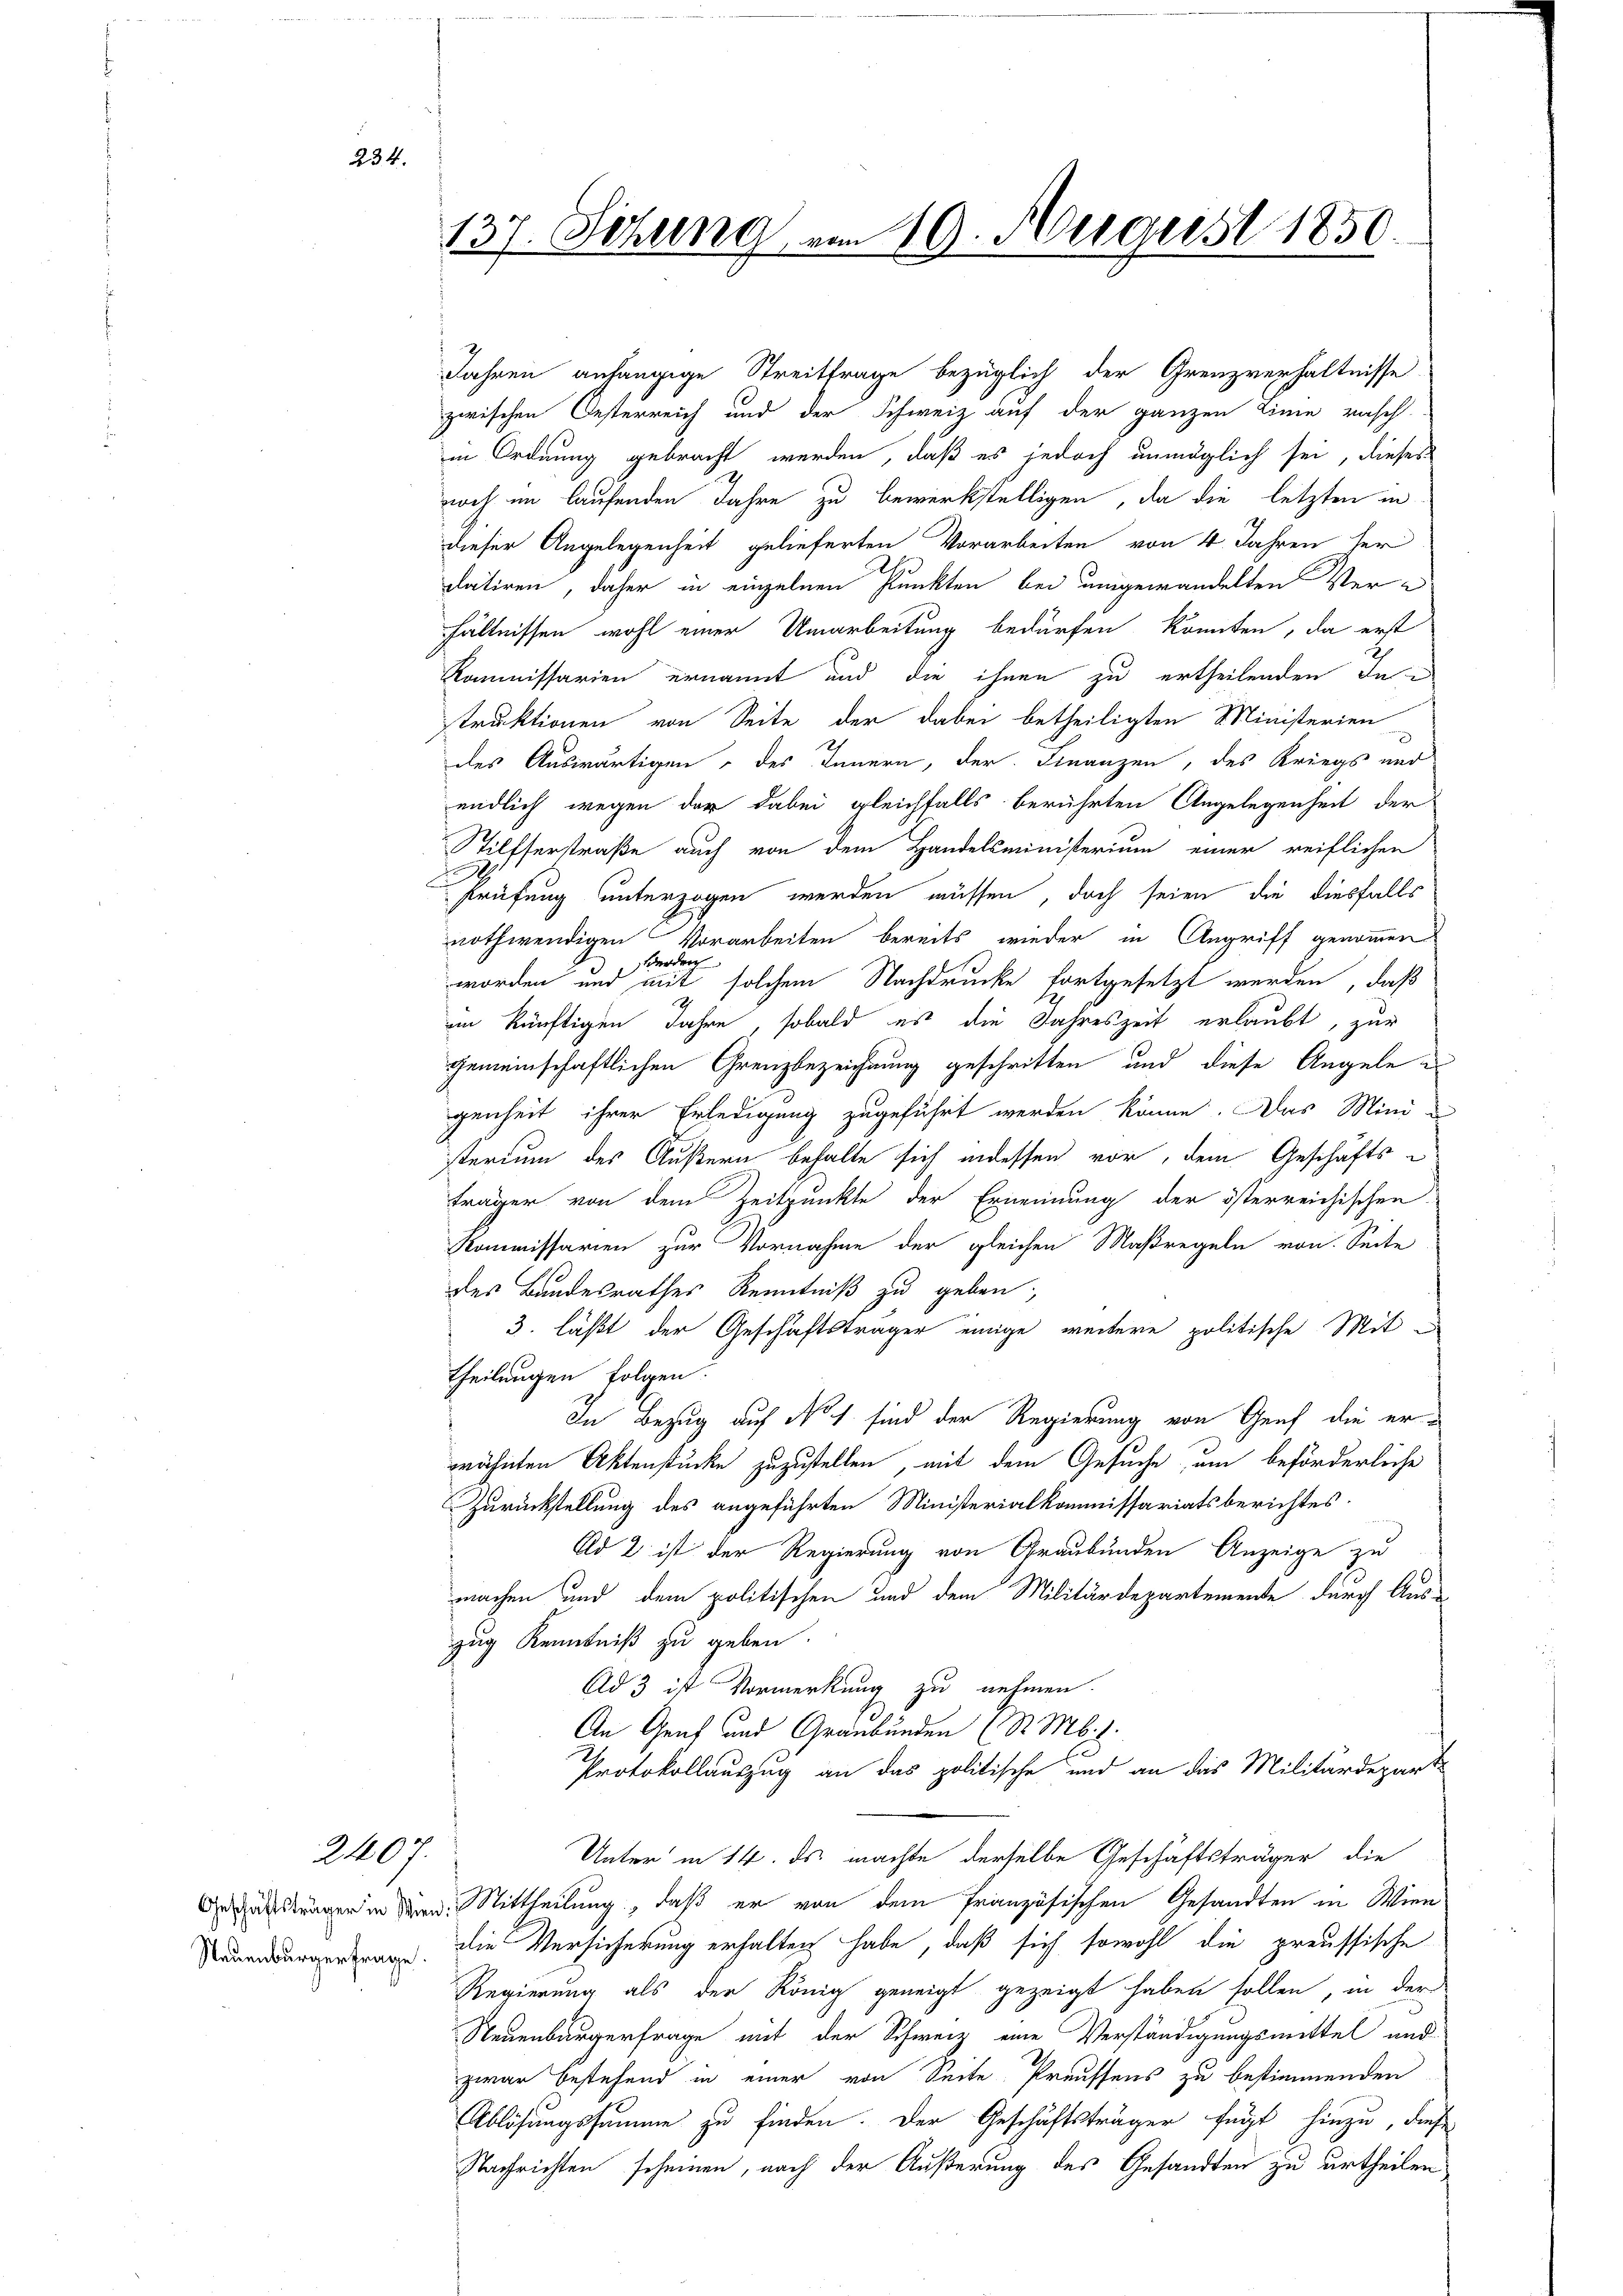
Neuenburgerfrage

234.

2407.

137. Sitzung von 20. August 1850.

Jahren anhängige Streitfrage bezüglich der Grenzverhältnisse
zwischen Oesterreich und der Schweiz auf der ganzen Linie rasch-
in Ordnung gebracht werden, daß es jedoch unmöglich sei, dieses
noch im laufenden Jahre zu bewerkstelligen, da die letzten in
dieser Angelegenheit gelieferten Vorarbeiten von 4 Jahren her
datiren, daher in einzelnen Punkten bei umgewandelten Verhältnissen wohl einer Umarbeitung bedürfen könnten, da erst
Kommissarien ernannt und die ihnen zu ertheilenden In
struktionen von Seite der dabei betheiligten Ministerien
des Auswärtigen des Innern, der Finanzen, des Kriegs und
endlich wegen der dabei gleichfalls berührten Angelegenheit der
Tilfserstraße auch von dem Handelsministerium einer reiflichen
A
Prüfung unterzogen werden müssen, doch seien die diesfalls
nothwendigen Vorarbeiten bereits wieder in Angriff genommen
werden
worden und mit solchem Nachdrucke fortgesetzt werden, daß
2
im künftigen Jahre, sobald es die Jahreszeit erlaubt, zur
gemeinschaftlichen Grenzbezeichnung geschritten und diese Angele es
genheit ihrer Erledigung zugeführt werden könne. Das Mini-
sterium des Äußern behalte sich indessen vor, dem Geschäfts-
träger von dem Zeitpunkte der Ernennung der österreichischen
Kommissarien zur Vornahme der gleichen Maßregeln von Seite
des Bandesrathes Kenntniß zu geben,
3. läßt der Geschäftsträger einige weitere politische Mit-
theilungen folgen.
In Bezug auf No 1. sind der Regierung von Genf die er-
wähnten Aktenstücke zuzustellen, mit dem Gesuche, um beförderliche
Zurückstellung des angeführten Ministerialkommissariatsberichtes
Ad 2 ist der Regierung von Graubünden Anzeige zu
machen und dem politischen und dem Militärdepartemente durch Aus-
zug Kenntniß zu geben.
Ad 3 ist Vormerkung zu nehmen.
An Gens und Graubünden (S. M. 1.
Protokollauszug an das politische und an das Militärdeparte
Unter in 14. ds machte derselbe Geschäftsträger die
strägen in der Mittheilung, daß er von dem französischen Gesandten in Wiendie Versicherung erhalten habe, daß sich sowohl die preussische
Regierung als der König geneigt gezeigt haben sollen, in der
Neuenburgerfrage mit der Schweiz eine Verständigungsmittel und
zwar bestehend in einer von Seite Preussens zu bestimmenden
Ablösungssumme zu finden. Der Geschäftsträger fügt hinzu, diese
Nachrichten scheinen, nach der Äußerung des Gesandten zu urtheilen